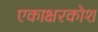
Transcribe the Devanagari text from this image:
एकाक्षरकोश